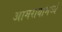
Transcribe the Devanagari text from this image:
आमरायांमध्ये